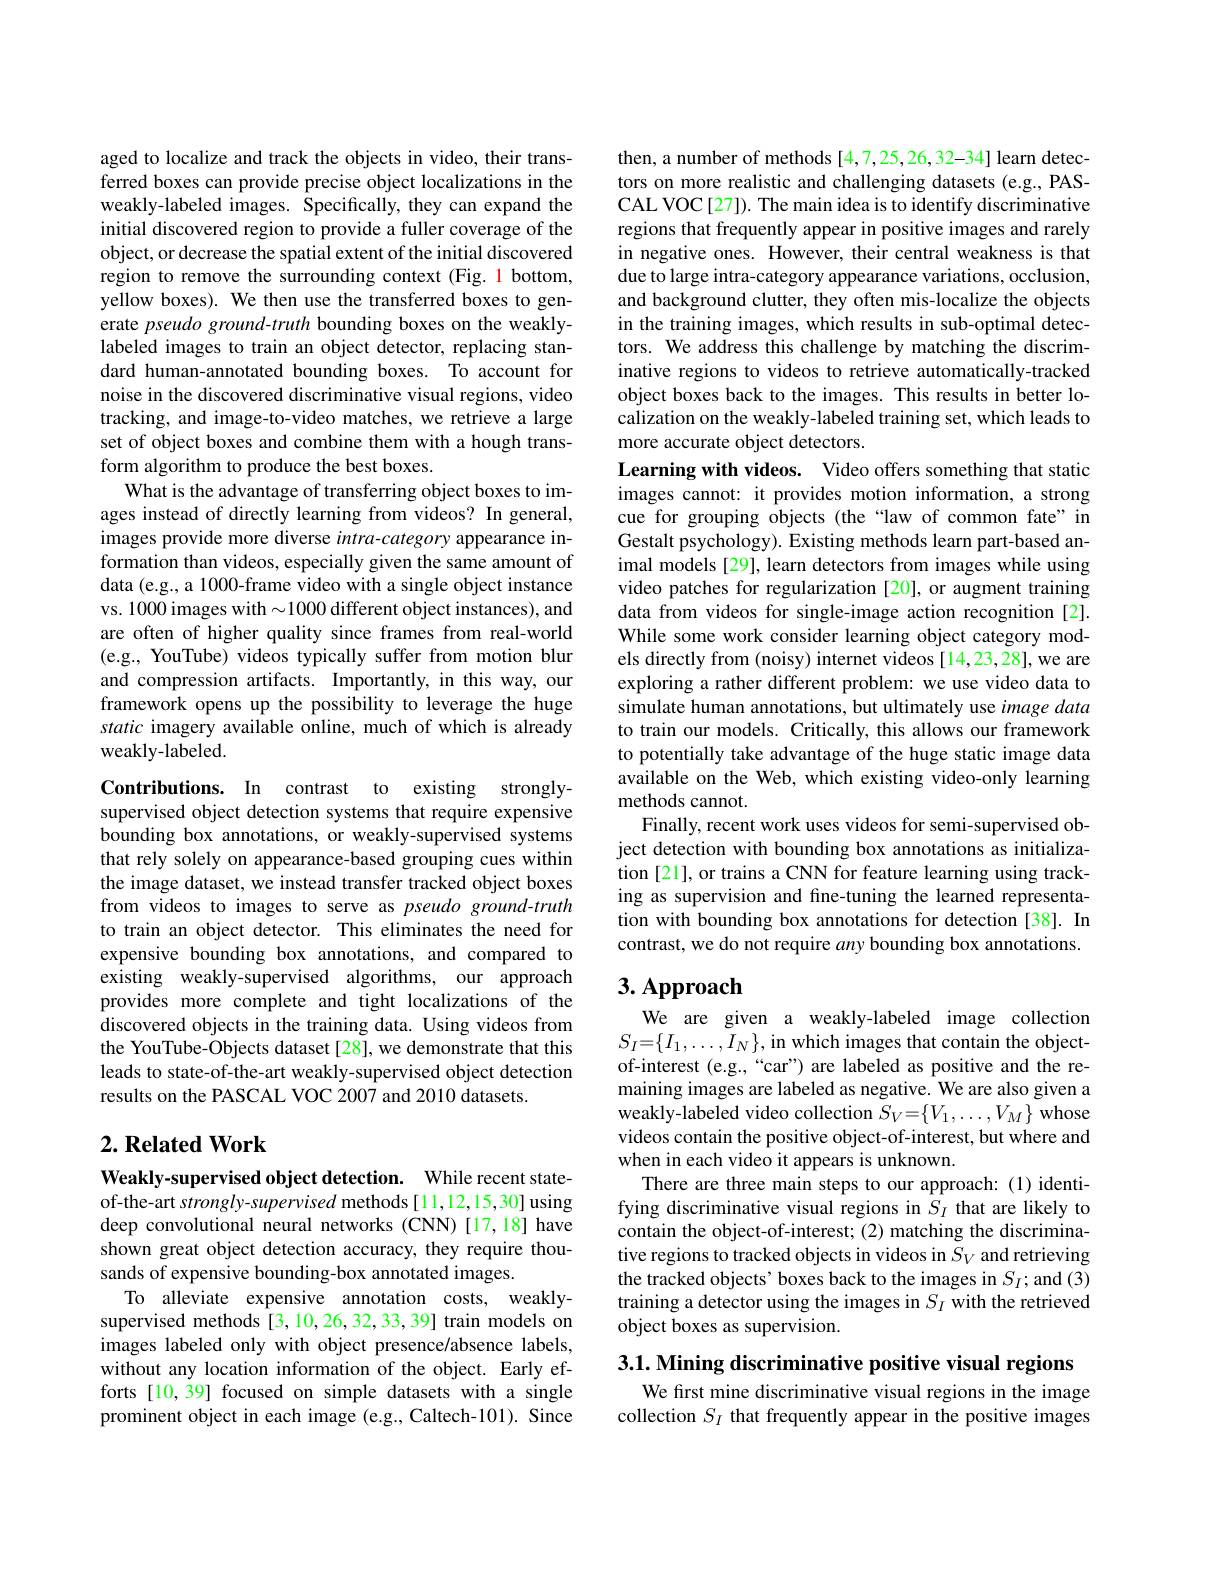
aged to localize and track the objects in video, their transferred boxes can provide precise object localizations in the weakly-labeled images. Specifically, they can expand the initial discovered region to provide a fuller coverage of the object, or decrease the spatial extent of the initial discovered region to remove the surrounding context (Fig. 1 bottom, yellow boxes). We then use the transferred boxes to generate pseudo ground-truth bounding boxes on the weaklylabeled images to train an object detector, replacing standard human-annotated bounding boxes. To account for noise in the discovered discriminative visual regions, video tracking, and image-to-video matches, we retrieve a large set of object boxes and combine them with a hough transform algorithm to produce the best boxes.
What is the advantage of transferring object boxes to images instead of directly learning from videos? In general, images provide more diverse intra-category appearance information than videos, especially given the same amount of data (e.g., a 1000-frame video with a single object instance vs. 1000 images with$\sim1000$ different object instances), and are often of higher quality since frames from real-world (e.g., YouTube) videos typically suffer from motion blur and compression artifacts. Importantly, in this way, our framework opens up the possibility to leverage the huge static imagery available online, much of which is already weakly-labeled.
Contributions. In
to existing strongly-

contrast
supervised object detection systems that require expensive bounding box annotations, or weakly-supervised systems that rely solely on appearance-based grouping cues within the image dataset, we instead transfer tracked object boxes from videos to images to serve as pseudo ground-truth to train an object detector. This eliminates the need for expensive bounding box annotations, and compared to existing weakly-supervised algorithms, our approach provides more complete and tight localizations of the discovered objects in the training data. Using videos from the YouTube-Objects dataset[28], we demonstrate that this leads to state-of-the-art weakly-supervised object detection results on the PASCAL VOC 2007 and 2010 datasets.

## $2. \textbf{Related Work}$

Weakly-supervised object detection. While recent stateof-the-art strongly-supervised methods[11,12,15,30] using deep convolutional neural networks (CNN)[17,18] have shown great object detection accuracy, they require thousands of expensive bounding-box annotated images.
To alleviate expensive annotation costs, weaklysupervised methods [3,10,26,32,33,39] train models on images labeled only with object presence/absence labels, without any location information of the object. Early efforts [10,39] focused on simple datasets with a single prominent object in each image (e.g., Caltech-101). Since

then, a number of methods [4,7,25,26,32-34] learn detectors on more realistic and challenging datasets (e.g., PASCAL VOC[27]). The main idea is to identify discriminative regions that frequently appear in positive images and rarely in negative ones. However, their central weakness is that due to large intra-category appearance variations, occlusion, and background clutter, they often mis-localize the objects in the training images, which results in sub-optimal detectors. We address this challenge by matching the discriminative regions to videos to retrieve automatically-tracked object boxes back to the images. This results in better localization on the weakly-labeled training set, which leads to more accurate object detectors.
Learning with videos. Video offers something that static images cannot: it provides motion information, a strong cue for grouping objects (the“law of common fate”in Gestalt psychology). Existing methods learn part-based animal models [29], learn detectors from images while using video patches for regularization [20], or augment training data from videos for single-image action recognition [2]. While some work consider learning object category models directly from (noisy) internet videos [14,23,28], we are exploring a rather different problem: we use video data to simulate human annotations, but ultimately use image data to train our models. Critically, this allows our framework to potentially take advantage of the huge static image data available on the Web, which existing video-only learning methods cannot.
Finally, recent work uses videos for semi-supervised object detection with bounding box annotations as initialization [21], or trains a CNN for feature learning using tracking as supervision and fine-tuning the learned representation with bounding box annotations for detection [38]. In contrast, we do not require any bounding box annotations. 3. Approach

We are given a weakly-labeled image collection $S_{I}=\{I_{1},\ldots,\bar{I}_{N}\}$,in which images that contain the objectof-interest (e.g.,“car”) are labeled as positive and the remaining images are labeled as negative. We are also given a weakly-labeled video collection $S_V=\{V_1,\ldots,V_M\}$ whose videos contain the positive object-of-interest, but where and when in each video it appears is unknown.
There are three main steps to our approach: (1)identifying discriminative visual regions in $S_I$ that are likely to contain the object-of-interest; (2) matching the discriminative regions to tracked objects in videos in $S_V$ and retrieving the tracked objects' boxes back to the images in $S_I;$and (3) training a detector using the images in $S_I$ with the retrieved object boxes as supervision.

3.1. Mining discriminative positive visual regions

We first mine discriminative visual regions in the image collection $S_I$ that frequently appear in the positive images